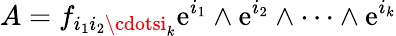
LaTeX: A=f_{i_{1}i_{2}\cdotsi_{k}}\mathrm{e}^{i_{1}}\wedge\mathrm{e}^{i_{2}}\wedge\cdots\wedge\mathrm{e}^{i_{k}}